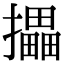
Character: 攂